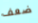
ضعف